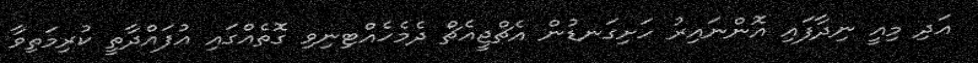
އަދި މިއީ ނިދާފައި އޮންނައިރު ހަށިގަނޑުން އެޗްޖީއެޗް ދެމެހެއްޓިނިވި ގޮތެއްގައި އުފައްދާތީ ކުރިމަތިވާ